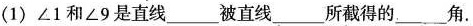
(1)∠1和∠9是直线___被直线___所截得的___角.